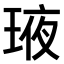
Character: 𤥿